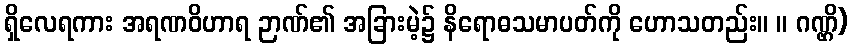
ရှိလေရကား အရဏဝိဟာရ ဉာဏ်၏ အခြားမဲ့၌ နိရောဓသမာပတ်ကို ဟောသတည်း။ ။ ဂဏ္ဌိ)